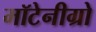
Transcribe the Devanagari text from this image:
मॉटेनीग्रो